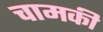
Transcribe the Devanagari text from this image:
चामकी